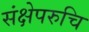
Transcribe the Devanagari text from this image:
संक्षेपरुचि